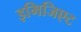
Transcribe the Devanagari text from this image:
इमिजिएट